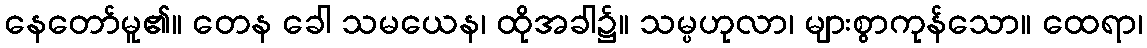
နေတော်မူ၏။ တေန ခေါ သမယေန၊ ထိုအခါ၌။ သမ္ပဟုလာ၊ များစွာကုန်သော။ ထေရာ၊